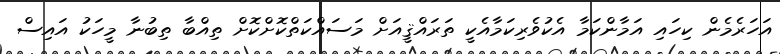
އަހަރެމެން ކިހައި އަމާންކަމާ އެކުވެރިކަމާއެކީ ތަރައްޤީއަށް މަސައްކަތްކޮށްކޮށް ތިއްބާ ތިބުނާ މީހަކު އައިސް